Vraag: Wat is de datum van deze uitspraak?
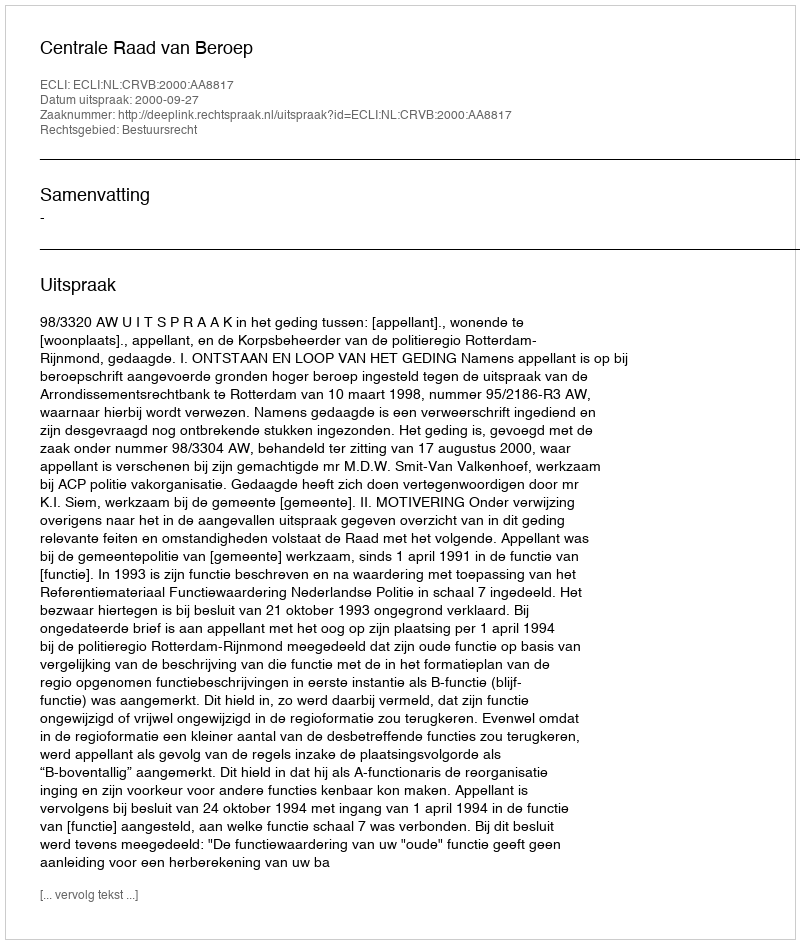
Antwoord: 2000-09-27